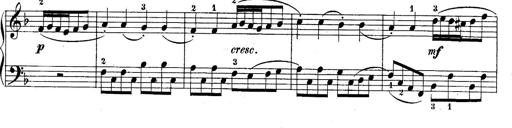
Title: 10 Sonatines progressives
Composer: Anton Schmoll